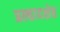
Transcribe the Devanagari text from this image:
प्रल्हादशेठ